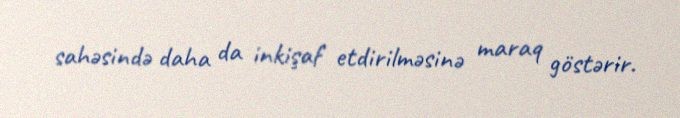
sahəsində daha da inkişaf etdirilməsinə maraq göstərir.